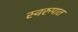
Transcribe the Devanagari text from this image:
स्‍वरुपात